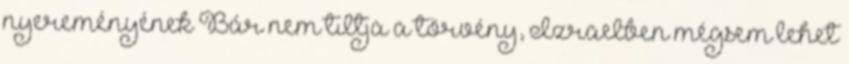
nyereményének Bár nem tiltja a törvény, Izraelben mégsem lehet